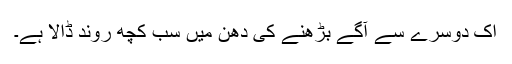
اک دوسرے سے آگے بڑھنے کی دھن میں سب کچھ روند ڈالا ہے۔